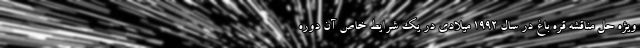
ویژه حل مناقشه قره باغ در سال 1992 میلادی در یک شرایط خاص آن دوره